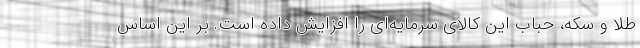
طلا و سکه، حباب این کالای سرمایه‌ای را افزایش داده است. بر این اساس